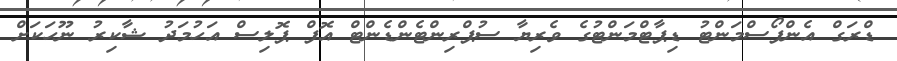
ޑްރަގް އެންފޯސްމަންޓު ޑިޕާޓްމަންޓުގެ ވެރިޔާ ސުޕްރިންޓެންޑެންޓް އޮފް ޕޮލިސް އަހުމަދު ޝާކިރު ނޫހަކަށް